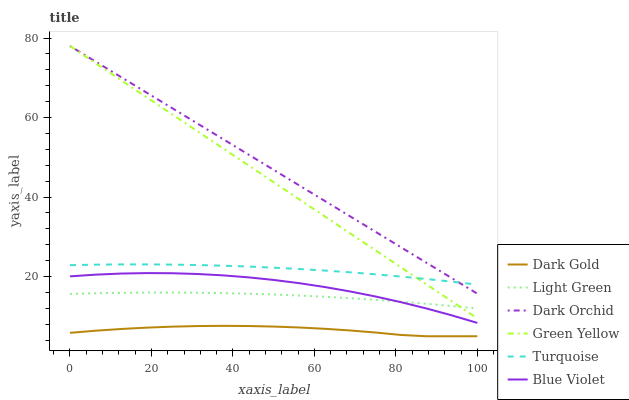
| xaxis_label | Dark Gold | Light Green | Dark Orchid | Green Yellow | Turquoise | Blue Violet |
 | --- | --- | --- | --- | --- | --- | --- |
 | 0 | 5.86 | 15.6 | 78 | 78 | 22.9 | 20.1 |
 | 6.25 | 6.39 | 15.8 | 74.1 | 73.7 | 23 | 20.5 |
 | 12.5 | 6.83 | 15.9 | 70.2 | 69.4 | 23.1 | 20.8 |
 | 18.8 | 7.17 | 16 | 66.3 | 65.2 | 23.1 | 20.9 |
 | 25 | 7.41 | 16 | 62.4 | 60.9 | 23 | 20.9 |
 | 31.2 | 7.56 | 15.9 | 58.5 | 56.6 | 22.9 | 20.7 |
 | 37.5 | 7.62 | 15.9 | 54.6 | 52.3 | 22.7 | 20.3 |
 | 43.8 | 7.57 | 15.7 | 50.7 | 48 | 22.5 | 19.8 |
 | 50 | 7.44 | 15.5 | 46.9 | 43.7 | 22.3 | 19.2 |
 | 56.2 | 7.21 | 15.2 | 43 | 39.5 | 21.9 | 18.4 |
 | 62.5 | 6.88 | 14.9 | 39.1 | 35.2 | 21.5 | 17.4 |
 | 68.8 | 6.46 | 14.6 | 35.2 | 30.9 | 21.1 | 16.3 |
 | 75 | 5.94 | 14.2 | 31.3 | 26.6 | 20.6 | 15 |
 | 81.2 | 5.32 | 13.7 | 27.4 | 22.3 | 20 | 13.6 |
 | 87.5 | 5 | 13.2 | 23.5 | 18.1 | 19.4 | 12 |
 | 93.8 | 5 | 12.6 | 19.6 | 13.8 | 18.7 | 10.3 |
 | 100 | 5 | 12 | 15.7 | 9.49 | 18 | 8.36 |